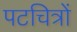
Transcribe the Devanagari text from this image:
पटचित्रों